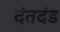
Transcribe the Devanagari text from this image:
दंतदंड